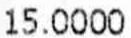
15.0000